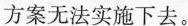
方案无法实施下去。